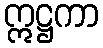
ဣဋ္ဌကာ